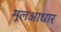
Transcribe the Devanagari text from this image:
मूलआधार